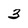
Character: 3